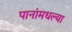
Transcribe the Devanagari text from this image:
पानांमधल्या